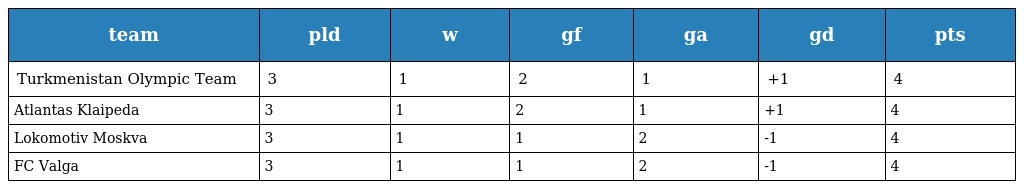
| team | pld | w | gf | ga | gd | pts |
 | --- | --- | --- | --- | --- | --- | --- |
 | Turkmenistan Olympic Team | 3 | 1 | 2 | 1 | +1 | 4 |
 | Atlantas Klaipeda | 3 | 1 | 2 | 1 | +1 | 4 |
 | Lokomotiv Moskva | 3 | 1 | 1 | 2 | -1 | 4 |
 | FC Valga | 3 | 1 | 1 | 2 | -1 | 4 |